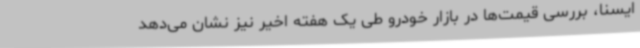
ایسنا، بررسی قیمت‌ها در بازار خودرو طی یک هفته اخیر نیز نشان می‌دهد